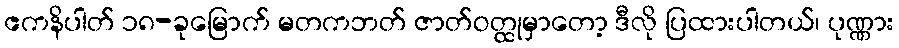
ဧကနိပါတ် ၁၈-ခုမြောက် မတကဘတ် ဇာတ်ဝတ္ထုမှာတော့ ဒီလို ပြထားပါတယ်၊ ပုဏ္ဏား